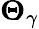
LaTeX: \boldsymbol{{\Theta}}_{\gamma}